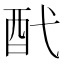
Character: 䣧